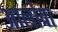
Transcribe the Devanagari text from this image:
आलोबा